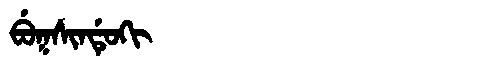
Manchu: ᠪᡠᡴᠰᡳᠨᡩᡠᡴᡳ
Romanization: BUKSINDUKI